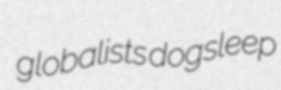
globalists dogsleep